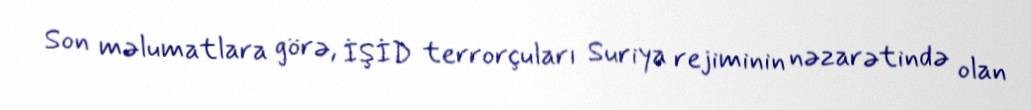
Son məlumatlara görə, İŞİD terrorçuları Suriya rejiminin nəzarətində olan